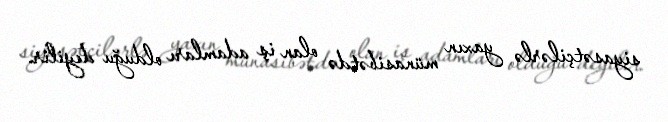
siyasətçilərlə yaxın münasibətdə olan iş adamları olduğu deyilir.